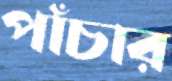
পাঁচার